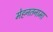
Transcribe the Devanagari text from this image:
मेहनतनामा